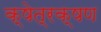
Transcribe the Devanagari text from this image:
क्षेत्रक्षण